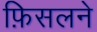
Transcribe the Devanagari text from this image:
फ़िसलने